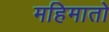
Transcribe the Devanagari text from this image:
महिमातो